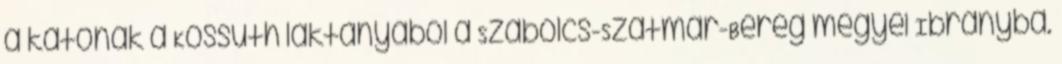
a katonák a Kossuth laktanyából a Szabolcs-Szatmár-Bereg megyei Ibrányba.